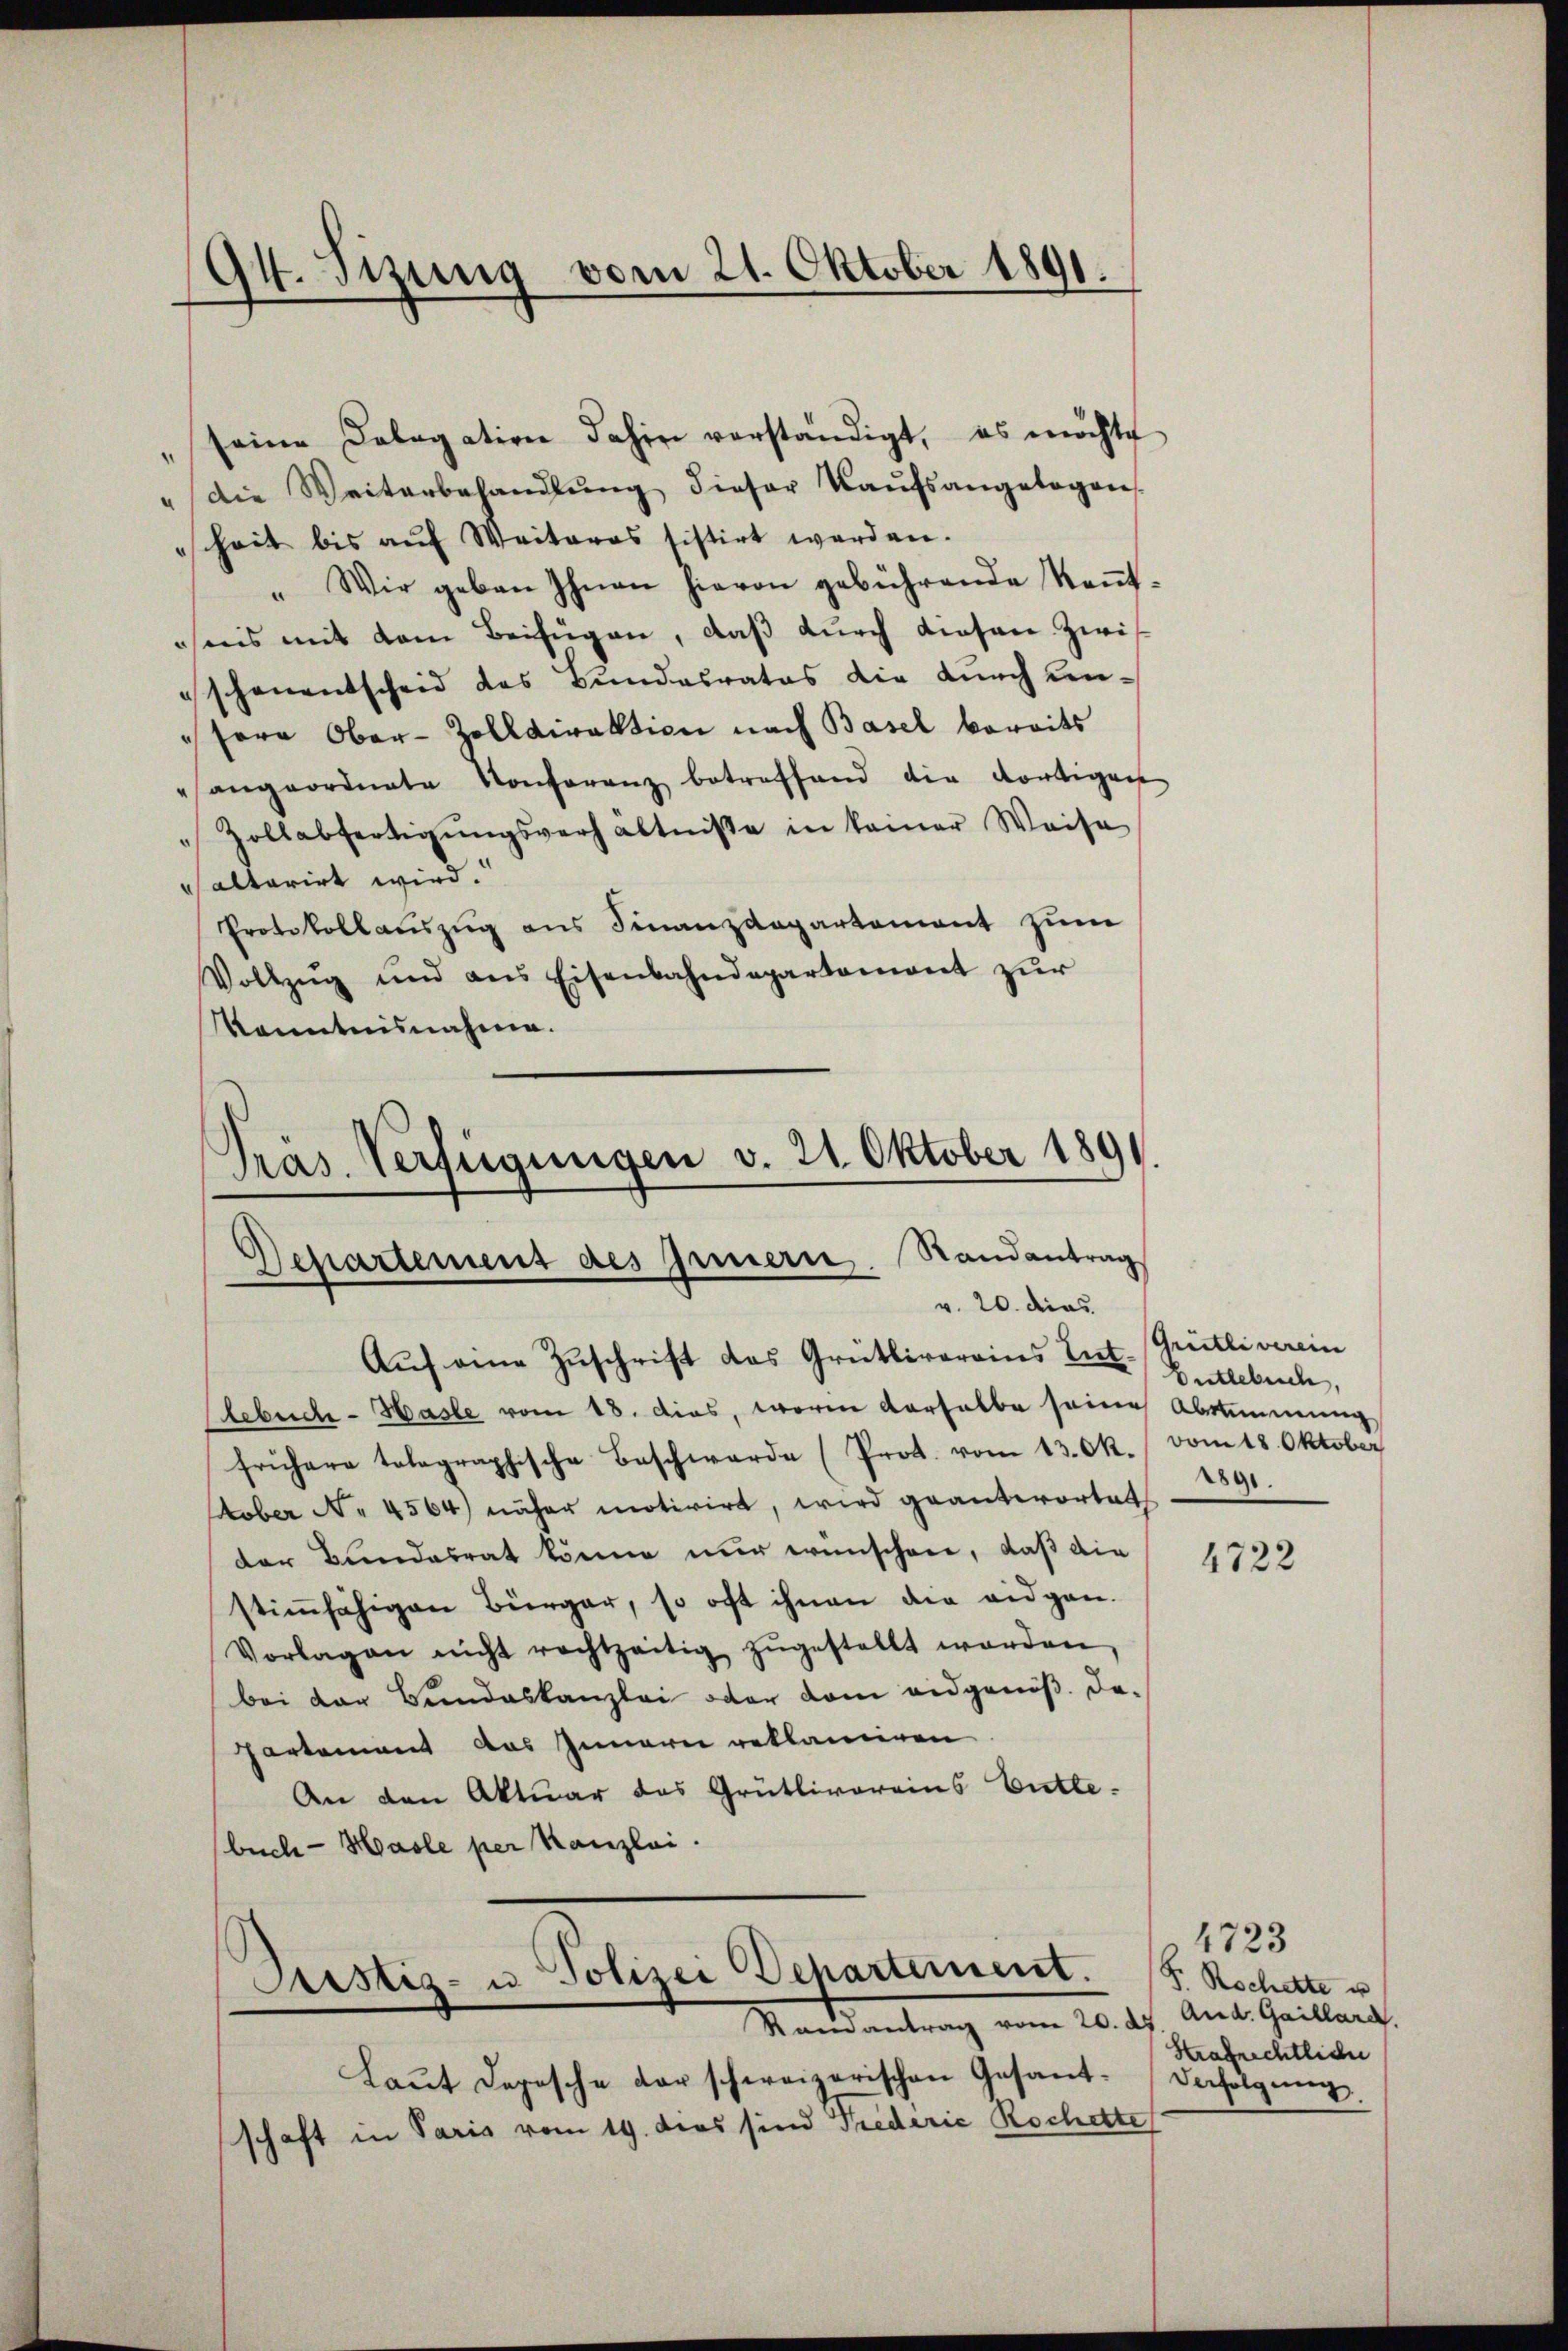
94. Sitzung vom 21. Oktober 1891.

seine Calagation dahin verständigt, es möchte
.
" die Weiterbehandlŭng dieser Kaŭfsangelogen
sheit bis aŭf Weiteras sistirt werden.
"Wir geben Ihnen hievon gebührende Keṅt-
chnis mit dem Beifügen, daß durch diesen Zwis
schenentscheid das Bundesrates die durch un¬
"Herr Ober-Zolldirektion nach Basel bereits
" angeordnete Konferenz betreffend die dortigens
Zollabfertigŭngsverhältnisse in keiner Weise
altarirt wird.
Protokollauszug aus Finanzdepartement zum
Vollzŭg und ans Eisenbahndepartament zŭr
Kenntnisnahme.
Pras. Verfügungen v. 21. Oktober 1891.

Departement des Innern, Randantrag
v. 20. dies

Auf eine Zuschrift das Grütlivereins Ent. (Grütliverein
lebuch - Hasle vom 18. dies, waren verhalbe seine Abstimmung
frühere tolographische Beschwerde (Prot. vom 13. Ok. vom 18. Oktober
ober No. 4564) näher motivirt, wird geantwortet
der Bundesrat könne nur wünschen, daß die
stimmfähigen Bürger, so oft ihnen die eidgen.
Vorlagen nicht rechtzeitig zŭgestellt worden,
bei der Bundeskanzlei oder dem eidgenöβ. De-
Partement das Innerer reklamiren
An den Aktuar das Grütlivoreins Butte-
buch - Hasle per Kanzlei.
Arstiz- u Polizei Departement.
Ramantrag vom 20. ds And. Gaillard.
Laŭt Depesche der schweizerischen Gesant-Verfolgung.
schaft in Paris vom 19. dies sind Prederie Rocherte

Butlebuch
2891.

4722

4723
F. Rochette u
Strafrechtliche